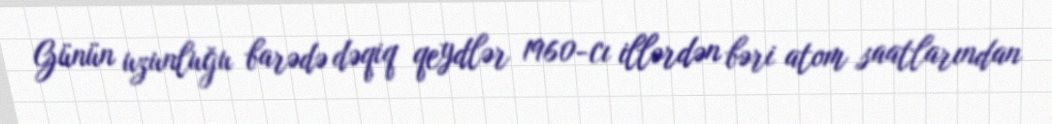
Günün uzunluğu barədə dəqiq qeydlər 1960-cı illərdən bəri atom saatlarından